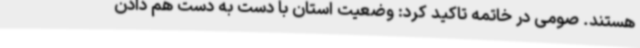
هستند. صومی در خاتمه تاکید کرد: وضعیت استان با دست به دست هم دادن